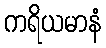
ကရိယမာနံ